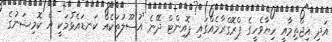
އަދި އިޖްތިމާއީ ހިޔާވެހީގެ ޕްރޮގްރާމެއްގައި ޕޮއިންޓް ދޭނެ އުސޫލުތަކެއް ކަނޑައެޅުމަކީ އެ ކޮމިޝަނުގެ